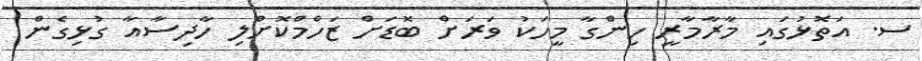
ސ. އަތޮޅުގައި މާރާމާރީ ހިންގާ މީހަކު ވަރަށް ބޮޑަށް ޒަހްމްކޮށްލި ހާދިސާއާ ގުޅިގެން